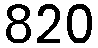
820